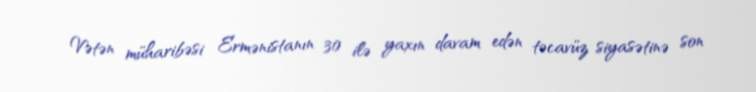
Vətən müharibəsi Ermənistanın 30 ilə yaxın davam edən təcavüz siyasətinə son